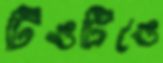
টিঙটিঙে